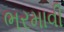
ભરમાવી